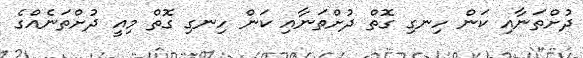
ދުށްތަނާއި ކަން ހިނގި ގޮތް ދުށްތަނާއި ކަން ހިނގި ގޮތް މިއީ ދުށްތަނެއްގެ